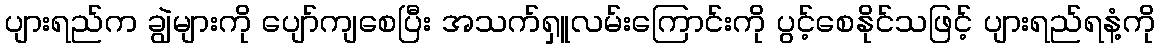
ပျားရည်က ချွဲများကို ပျော်ကျစေပြီး အသက်ရှူလမ်းကြောင်းကို ပွင့်စေနိုင်သဖြင့် ပျားရည်ရနံ့ကို